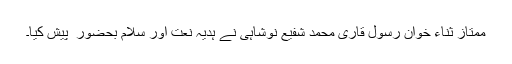
ممتاز ثناء خوان رسول قاری محمد شفیع نوشاہی نے ہدیہ نعت اور سلام بحضور ۖ پیش کیا۔